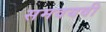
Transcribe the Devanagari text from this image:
समवयवी